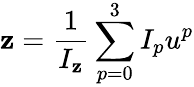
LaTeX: \mathbf{z}=\frac{{1}}{{I_{\mathbf{z}}}}\sum_{p=0}^{3}I_{p}u^{p}